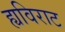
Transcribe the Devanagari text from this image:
ह्यविराट